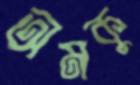
অমকু